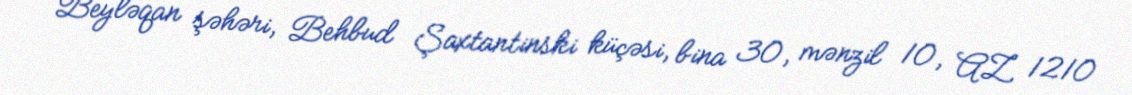
Beyləqan şəhəri, Behbud Şaxtantinski küçəsi, bina 30, mənzil 10, AZ 1210